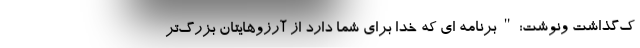
ک‌گذاشت و‌نوشت:"برنامه ای که خدا برای شما دارد از آرزو‌هایتان بزرگ‌تر